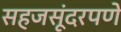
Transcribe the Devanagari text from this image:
सहजसूंदरपणे